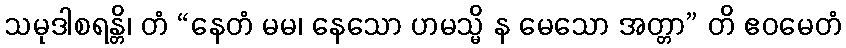
သမုဒါစရန္တိ၊ တံ “နေတံ မမ၊ နေသော ဟမသ္မိ န မေသော အတ္တာ” တိ ဧဝမေတံ